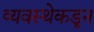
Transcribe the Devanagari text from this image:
व्यवस्थेकडून